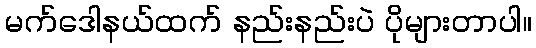
မက်ဒေါနယ်ထက် နည်းနည်းပဲ ပိုများတာပါ။